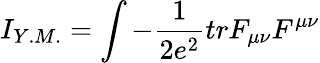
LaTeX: I_{Y.M.}=\int-\frac{1}{2e^{2}}trF_{\mu\nu}F^{\mu\nu}